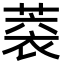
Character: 𦶧